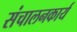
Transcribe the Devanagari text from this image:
संचालनकार्य